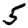
Digit: 5